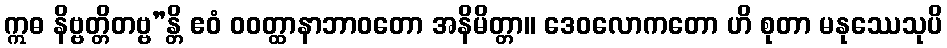
ဣဓ နိဗ္ဗတ္တိတဗ္ဗ”န္တိ ဧဝံ ဝဝတ္ထာနာဘာဝတော အနိမိတ္တာ။ ဒေဝလောကတော ဟိ စုတာ မနုဿေသုပိ